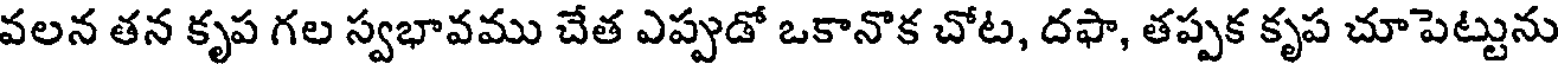
వలన తన కృప గల స్వభావము చేత ఎప్పుడో ఒకానొక చోట, దఫా, తప్పక కృప చూపెట్టును